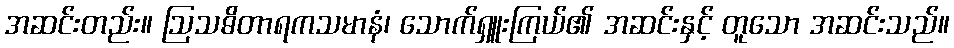
အဆင်းတည်း။ ဩသဓိတာရကသမာနံ၊ သောက်ရှူးကြယ်၏ အဆင်းနှင့် တူသော အဆင်းသည်။